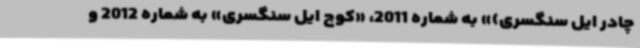
چادر ایل سنگسری)» به شماره 2011، «کوچ ایل سنگسری» به شماره 2012 و